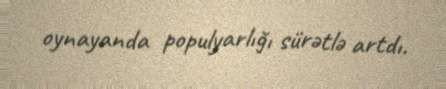
oynayanda populyarlığı sürətlə artdı.